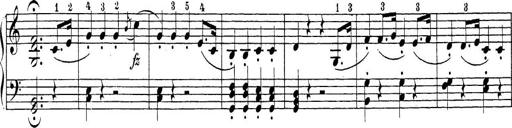
Title: Sonatina Album
Composer: Louis KÃ¶hler